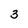
Character: 3